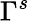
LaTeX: \Gamma^{s}